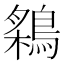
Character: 𬷠